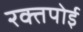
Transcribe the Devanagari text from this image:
रक्तपोई